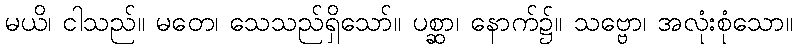
မယိ၊ ငါသည်။ မတေ၊ သေသည်ရှိသော်။ ပစ္ဆာ၊ နောက်၌။ သဗ္ဗော၊ အလုံးစုံသော။